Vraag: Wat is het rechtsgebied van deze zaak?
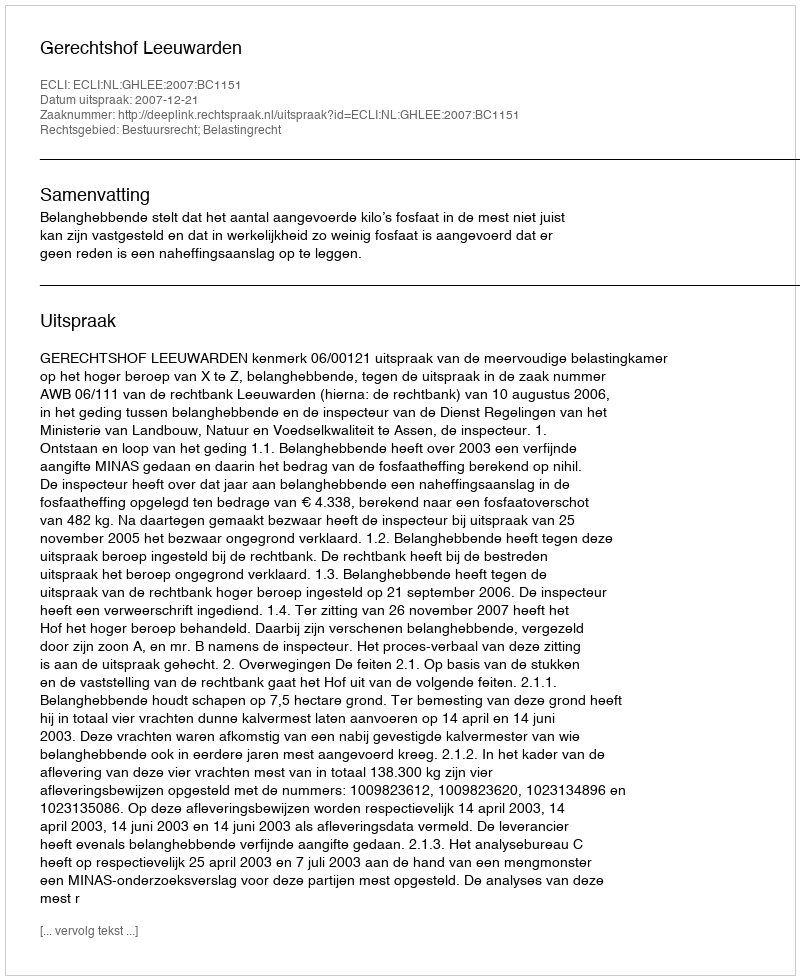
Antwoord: Bestuursrecht; Belastingrecht